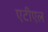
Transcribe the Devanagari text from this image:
एटीएल